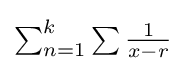
{\textstyle \sum _{n=1}^{k}\sum {\frac {1}{x-r}}}